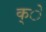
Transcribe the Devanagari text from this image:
क्े